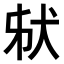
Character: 𤝮